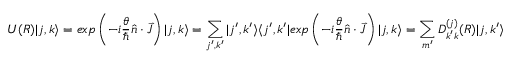
U ( R ) | j , k \rangle = e x p \left( { - i { \frac { \theta } { \hbar } } { \hat { n } } \cdot { \vec { J } } } \right) | j , k \rangle = \sum _ { j ^ { \prime } , k ^ { \prime } } | j ^ { \prime } , k ^ { \prime } \rangle \langle j ^ { \prime } , k ^ { \prime } | e x p \left( { - i { \frac { \theta } { \hbar } } { \hat { n } } \cdot { \vec { J } } } \right) | j , k \rangle = \sum _ { m ^ { \prime } } D _ { k ^ { \prime } k } ^ { ( j ) } ( R ) | j , k ^ { \prime } \rangle